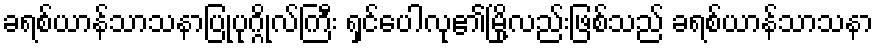
ခရစ်ယာန်သာသနာပြုပုဂ္ဂိုလ်ကြီး ရှင်ပေါလု၏မြို့လည်းဖြစ်သည် ခရစ်ယာန်သာသနာ